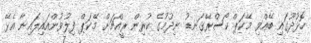
ހޮޅުދޫގައި ބޭއްވި މޭކަޕް ކޯސްރޭގަނޑު ނިދުމުގެ ކުރިން ރީއްޗަށް މޭކަޕް ފިލުވުންއައިލައިނާ އެޅޭ